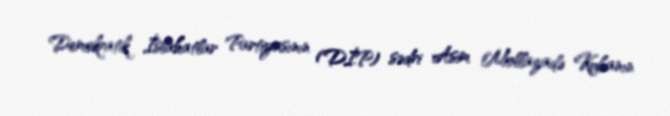
Demokratik İslahatlar Partiyasının (DİP) sədri Asim Mollazadə Kubanın